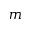
m